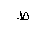
Letter: _da